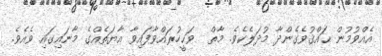
އެއްވުމުން ޙައްޤުވެގެންދާ މުދަލެކެވެ. މާތް  ވަޙީހުރައްވާފައިވާ އާޔަތެއްގެ މާނައިގައި ވެއެވެ.